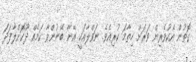
ގޮތުން އެކުވެރިން ވަރަށް ހިތާމަ ކުރިއެވެ. ނަވްލާއަކީ އޭނާ ބޭނުންވާ ކަމެއް ދޫކޮށްލާފަދަ